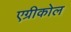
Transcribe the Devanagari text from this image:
एग्रीकोल